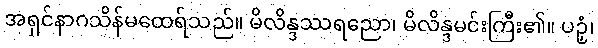
အရှင်နာဂသိန်မထေရ်သည်။ မိလိန္ဒဿရညော၊ မိလိန္ဒမင်းကြီး၏။ ပဉှံ၊